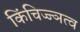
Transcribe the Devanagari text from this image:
किंचिज्ज्ञत्व